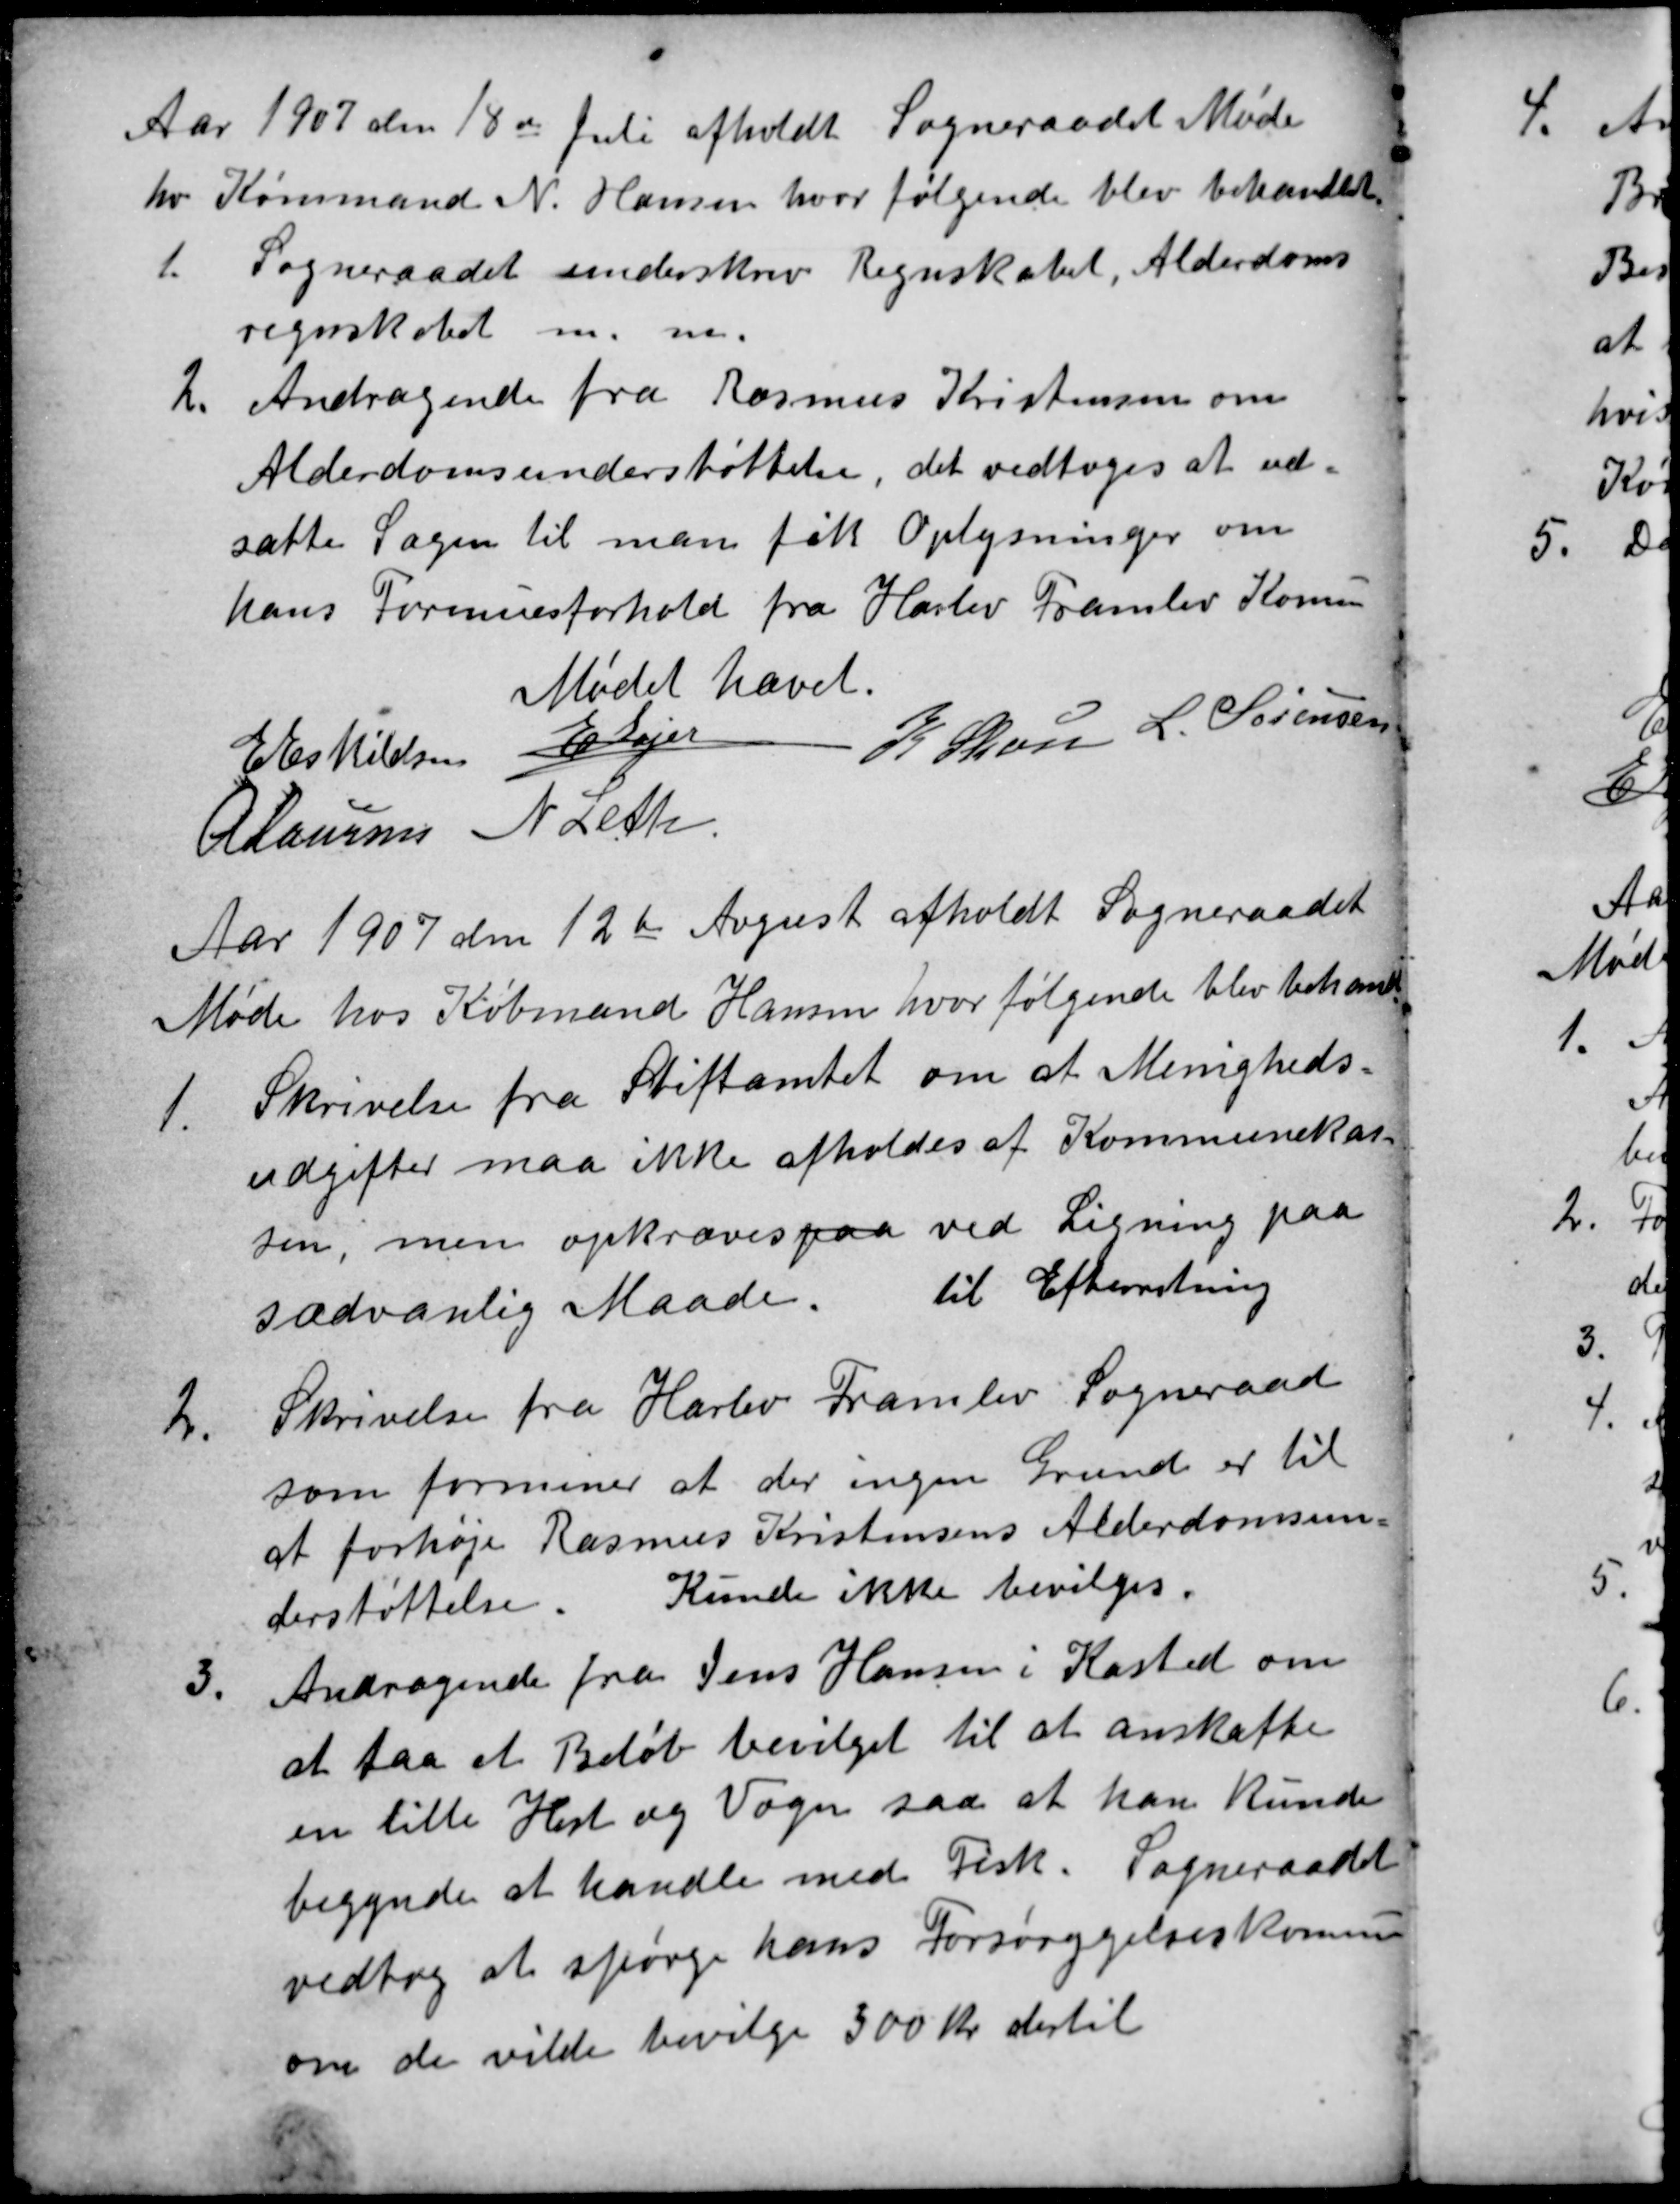
Transskription:
Aar 1907 den 18de Juli afholdt Sogneraadet Møde
hos Kømmand N. Hansen, hvor følgende blev behandlet.
1.
Sogneraadet underskrev Regnskabet, Alderdoms
regnskabet m. m.
2.
Andragende fra Rasmus Kristensen om
Alderdomsunderstøttelse, det vedtoges at ud-
sætte Sagen til man fik Oplysninger om
hans Formuesforhold fra Harlev Framlev Komun
Mødet hævet.
E Eskildsen E Lajer
K Skou L. Sørensen
A Laursen N Leth
Aar 1907 den 12te August afholdt Sogneraadet
Møde hos Købmand Hansen, hvor følgende blev behandlt
1.
Skrivelse fra Stiftamtet om at Menigheds-
udgifter maa ikke afholdes af Kommunekas-
sen, men opkræves paa ved Ligning paa
sædvanlig Maade. til Efterretning
2.
Skrivelse fra Harlev Framlev Sogneraad
som formener at der ingen Grund er til
at forhøje Rasmus Kristensens Alderdomsun
derstøttelse. Kunde ikke bevilges.
3.
Andragende fra Jens Hansen i Kasted om
at faa et Beløb bevilget til at anskaffe
en lille Hest og Vogn saa at han kunde
begynde at handle med Fisk. Sogneraadet
vedtog at spørge hans Forsørgelseskomun
om de vilde bevilge 300 Kr dertil